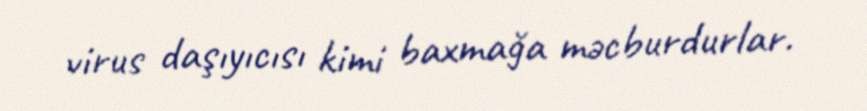
virus daşıyıcısı kimi baxmağa məcburdurlar.